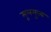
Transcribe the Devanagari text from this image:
मूलमुख